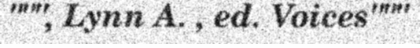
""", Lynn A. , ed. Voices"""